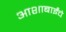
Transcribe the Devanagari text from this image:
आशाबाईंचे